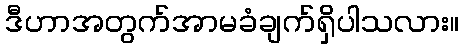
ဒီဟာအတွက်အာမခံချက်ရှိပါသလား။